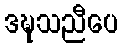
ဒဍ္ဎသညီပေ